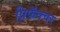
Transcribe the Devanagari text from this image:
प्रिफॅक्चर